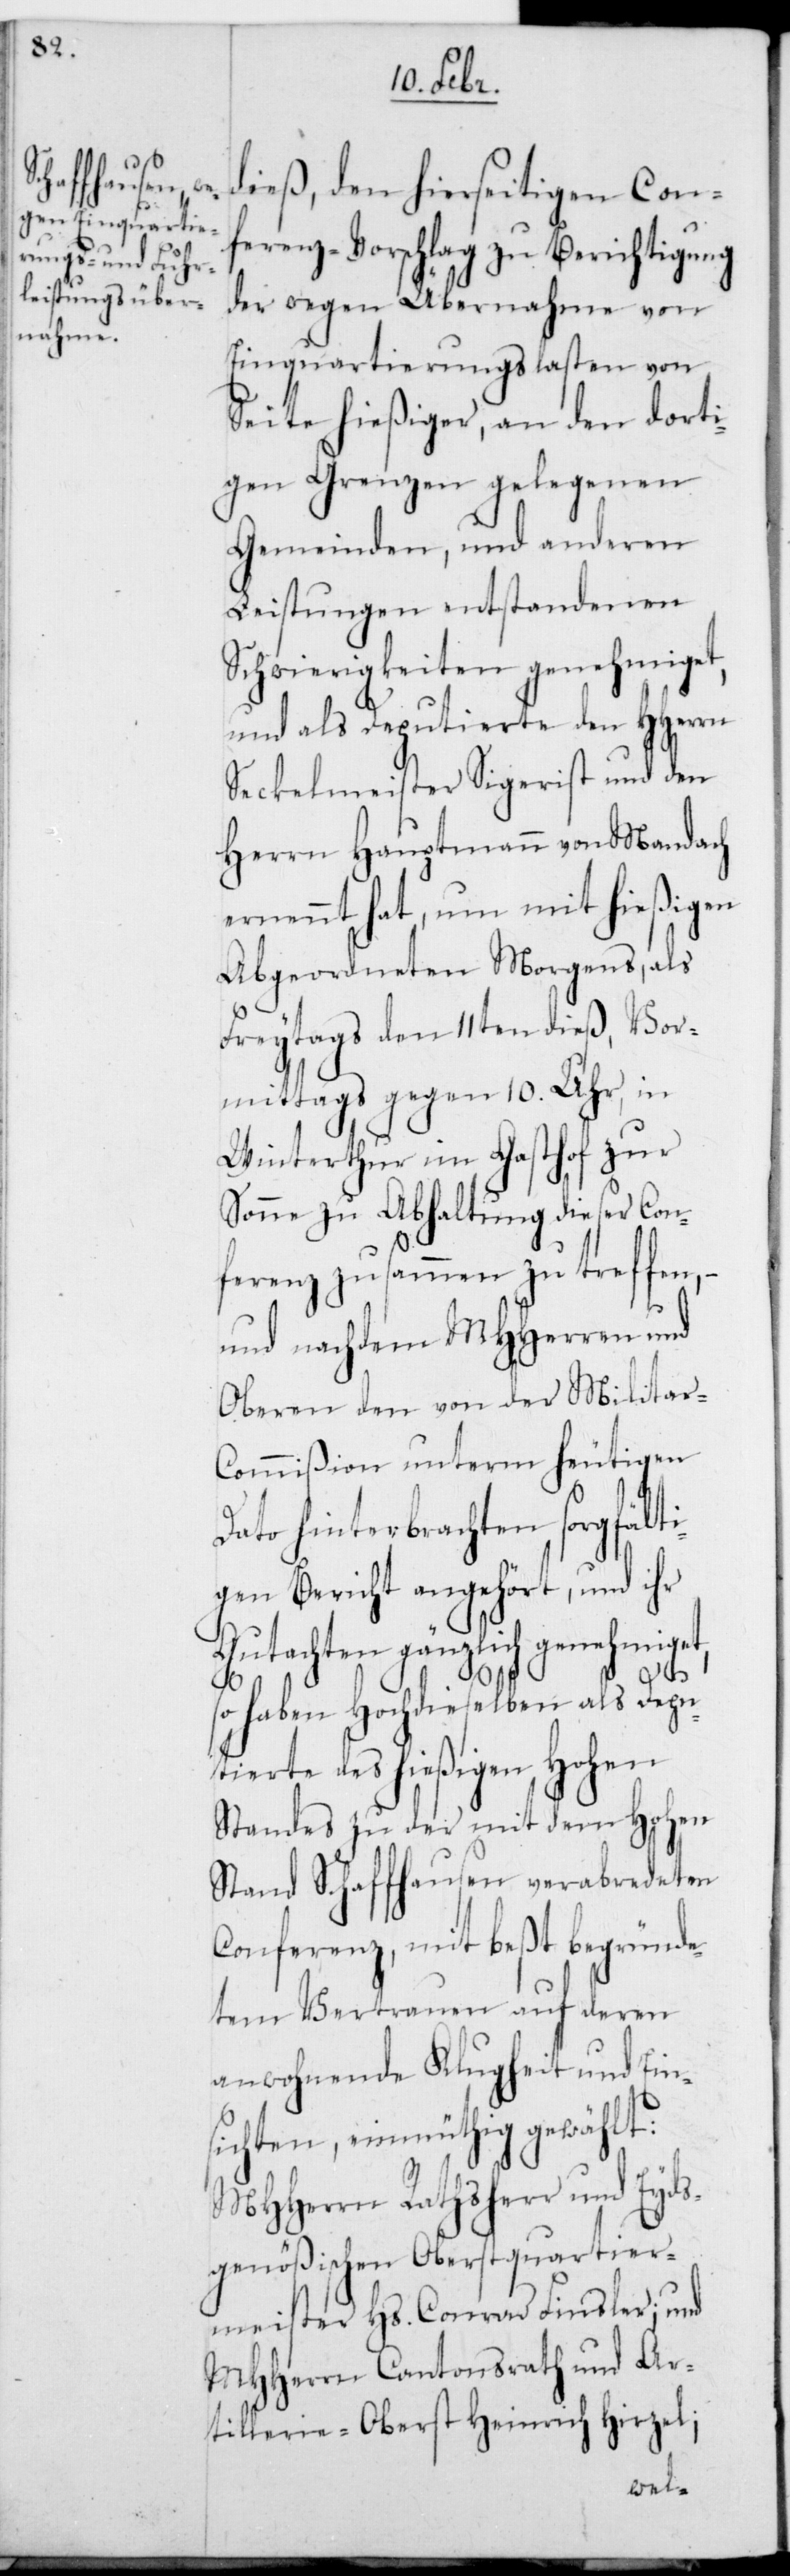
dieß, den hierseitigen Con¬
ferenz-Vorschlag zu Berichtigung
der wegen Übernahme von
Einquartierungslasten von
Seite hießiger, an den dort¬
igen Grenzen gelegenen
Gemeinden, und anderen
Leistungen entstandenen
Schwierigkeiten genehmiget,
und als Deputierte des HHerrn
Seckelmeister Sigerist und den
Herrn Hauptmann von Mandach
ernennt hat, um mit hießigen
Abgeordneten Morgens, als
Freitags den 11ten dieß, vor¬
mittags gegen 10. Uhr, in
Winterthur im Gasthof zur
Sonne zu Abhaltung dieser Con¬
ferenz zusammen zu treffen, –
und nachdem MHHerren und
Oberen den von der Militar-C¬
ommißion unterm heutigen
Dato hinterbrachten sorgfälti¬
gen Bericht angehört, und ihr
Gutachten gänzlich genehmiget,
so haben Hochdieselben als Depu¬
tierte des hießigen Hohen
Standes zu der mit dem Hohen
Stand Schaffhausen verabredeten
Conferenz, mit beßt begründe¬
tem Vertrauen auf deren
anwohnende Klugheit und Ein¬
sichten, einmüthig gewählt:
MHHerrn Rathsherr und Eyds¬
genößischen Oberstquartier¬
meister Hs. Conrad Finsler; und
MHHerrn Cantonsrath und Ar¬
tillerie-Oberst Heinrich Hirzel;